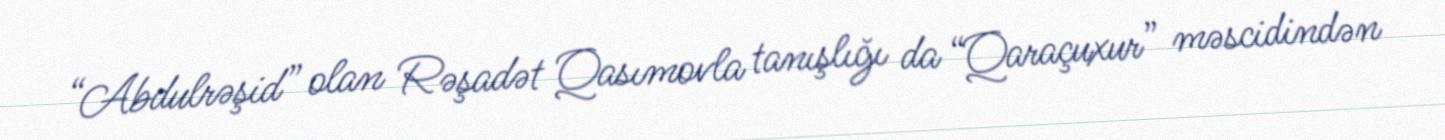
“Abdulrəşid” olan Rəşadət Qasımovla tanışlığı da “Qaraçuxur” məscidindən